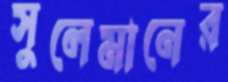
সুলেমানের